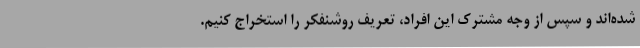
شده‌اند و سپس از وجه مشترک این افراد، تعریف روشنفکر را استخراج کنیم.